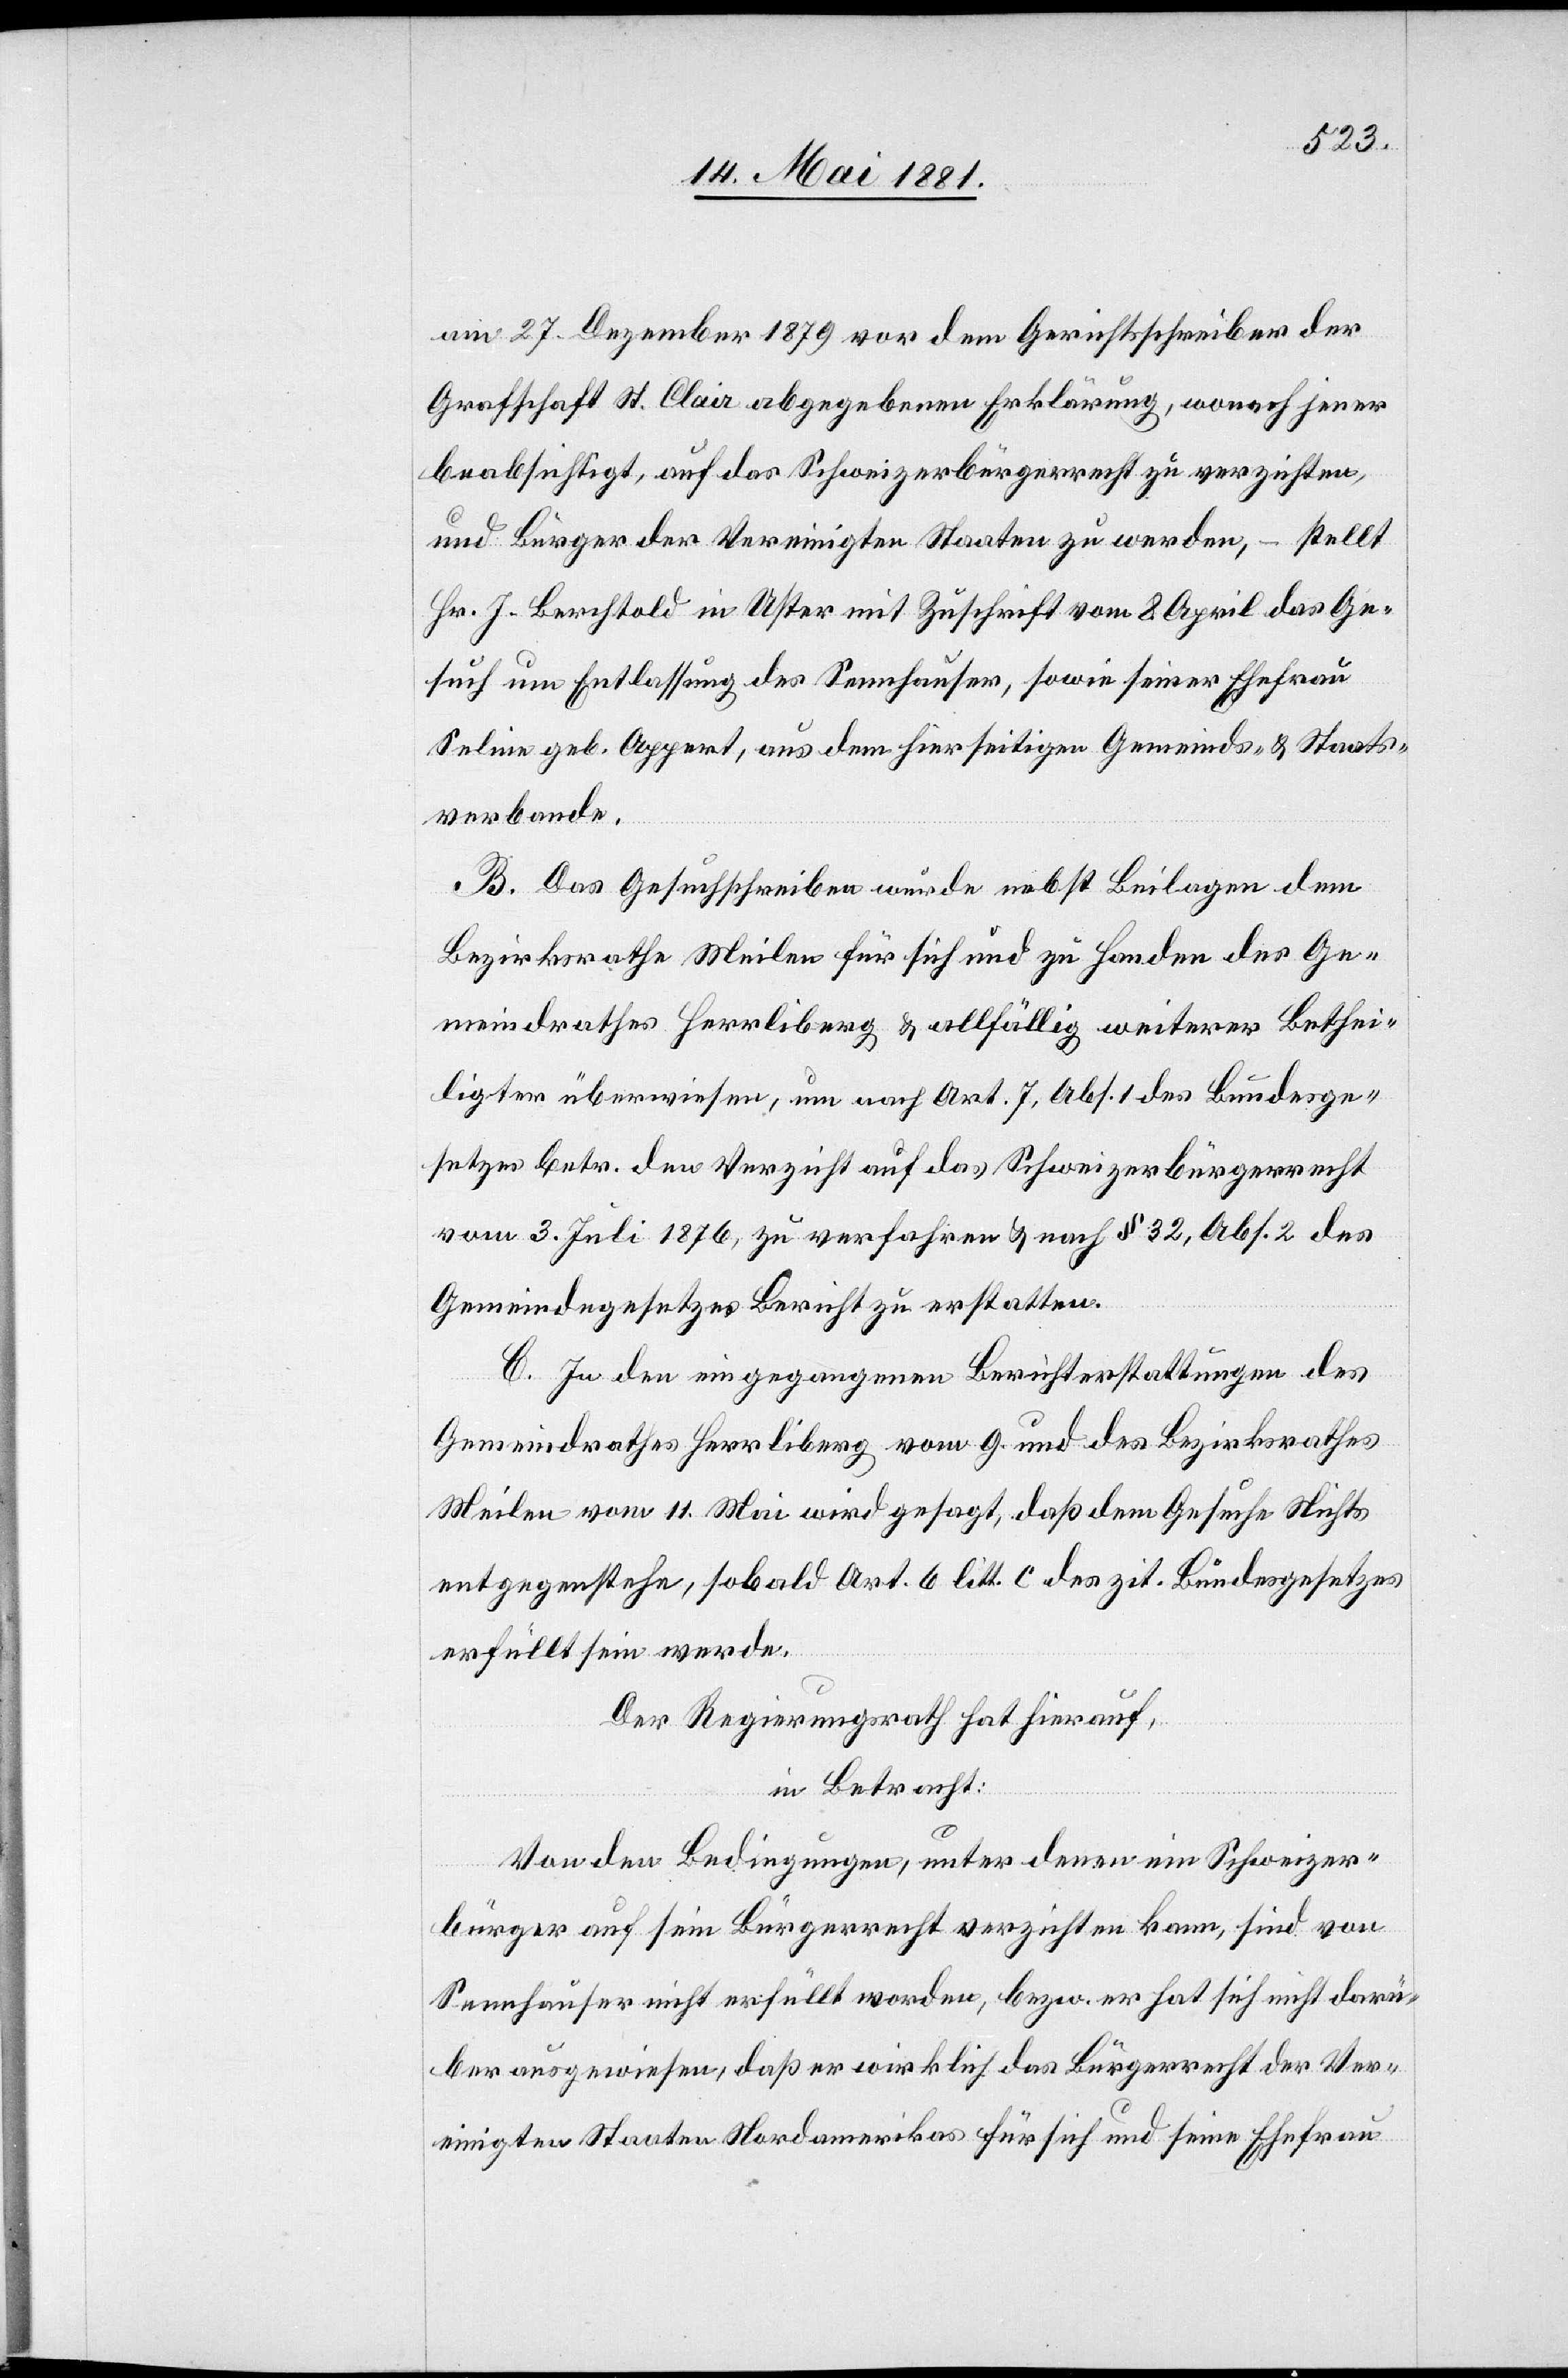
am 27. Dezember 1879 vor dem Gerichtsschreiber der
Grafschaft St. Clair abgegebenen Erklärung, wonach jener
beabsichtigt, auf das Schweizerbürgerrecht zu verzichten,
und Bürger der Vereinigten Staaten zu werden, – stellt
Hr. J. Berchtold in Uster mit Zuschrift vom 8. April das Ge¬
such um Entlassung des Sennhauser, sowie seiner Ehefrau
Seline geb. Appert, aus dem hierseitigen Gemeinds- & Staats¬
verbande.
B. Das Gesuchschreiben wurde nebst Beilagen dem
Bezirksrathe Meilen für sich und zu Handen des Ge¬
meindrathes Herrliberg & allfällig weiterer Bethei¬
ligter überwiesen, um nach Art. 7, Abs. 1 des Bundesge¬
setzes betr. den Verzicht auf das Schweizerbürgerrecht
vom 3. Juli 1876, zu verfahren & nach § 32, Abs. 2 des
Gemeindegesetzes Bericht zu erstatten.
C. In den eingegangenen Berichterstattungen des
Gemeindrathes Herrliberg vom 9. und des Bezirksrathes
Meilen vom 11. Mai wird gesagt, daß dem Gesuche Nichts
entgegenstehe, sobald Art. 6 litt. C des zit. Bundesgesetzes
erfüllt sein werde.
Der Regierungsrath hat hierauf,
in Betracht:
Von den Bedingungen, unter denen ein Schweizer¬
bürger auf sein Bürgerrecht verzichten kann, sind von
Sennhauser nicht erfüllt worden, bezw. er hat sich nicht darü¬
ber ausgewiesen, daß er wirklich das Bürgerrecht der Ver¬
einigten Staaten Nordamerikas für sich und seine Ehefrau